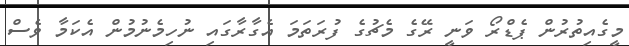
މީގެއިތުރުން ޕެޑްރޯ ވަނީ ރޭގެ މެޗުގެ ފުރަތަމަ އެގާރާގައި ނުހިމެނުމުން އެކަމާ ވެސް